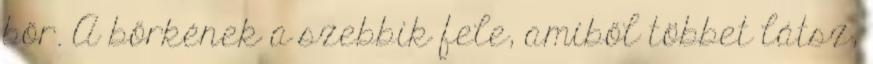
bőr. A bőrkének a szebbik fele, amiből többet látsz,